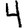
Digit: 4